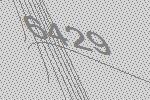
6429